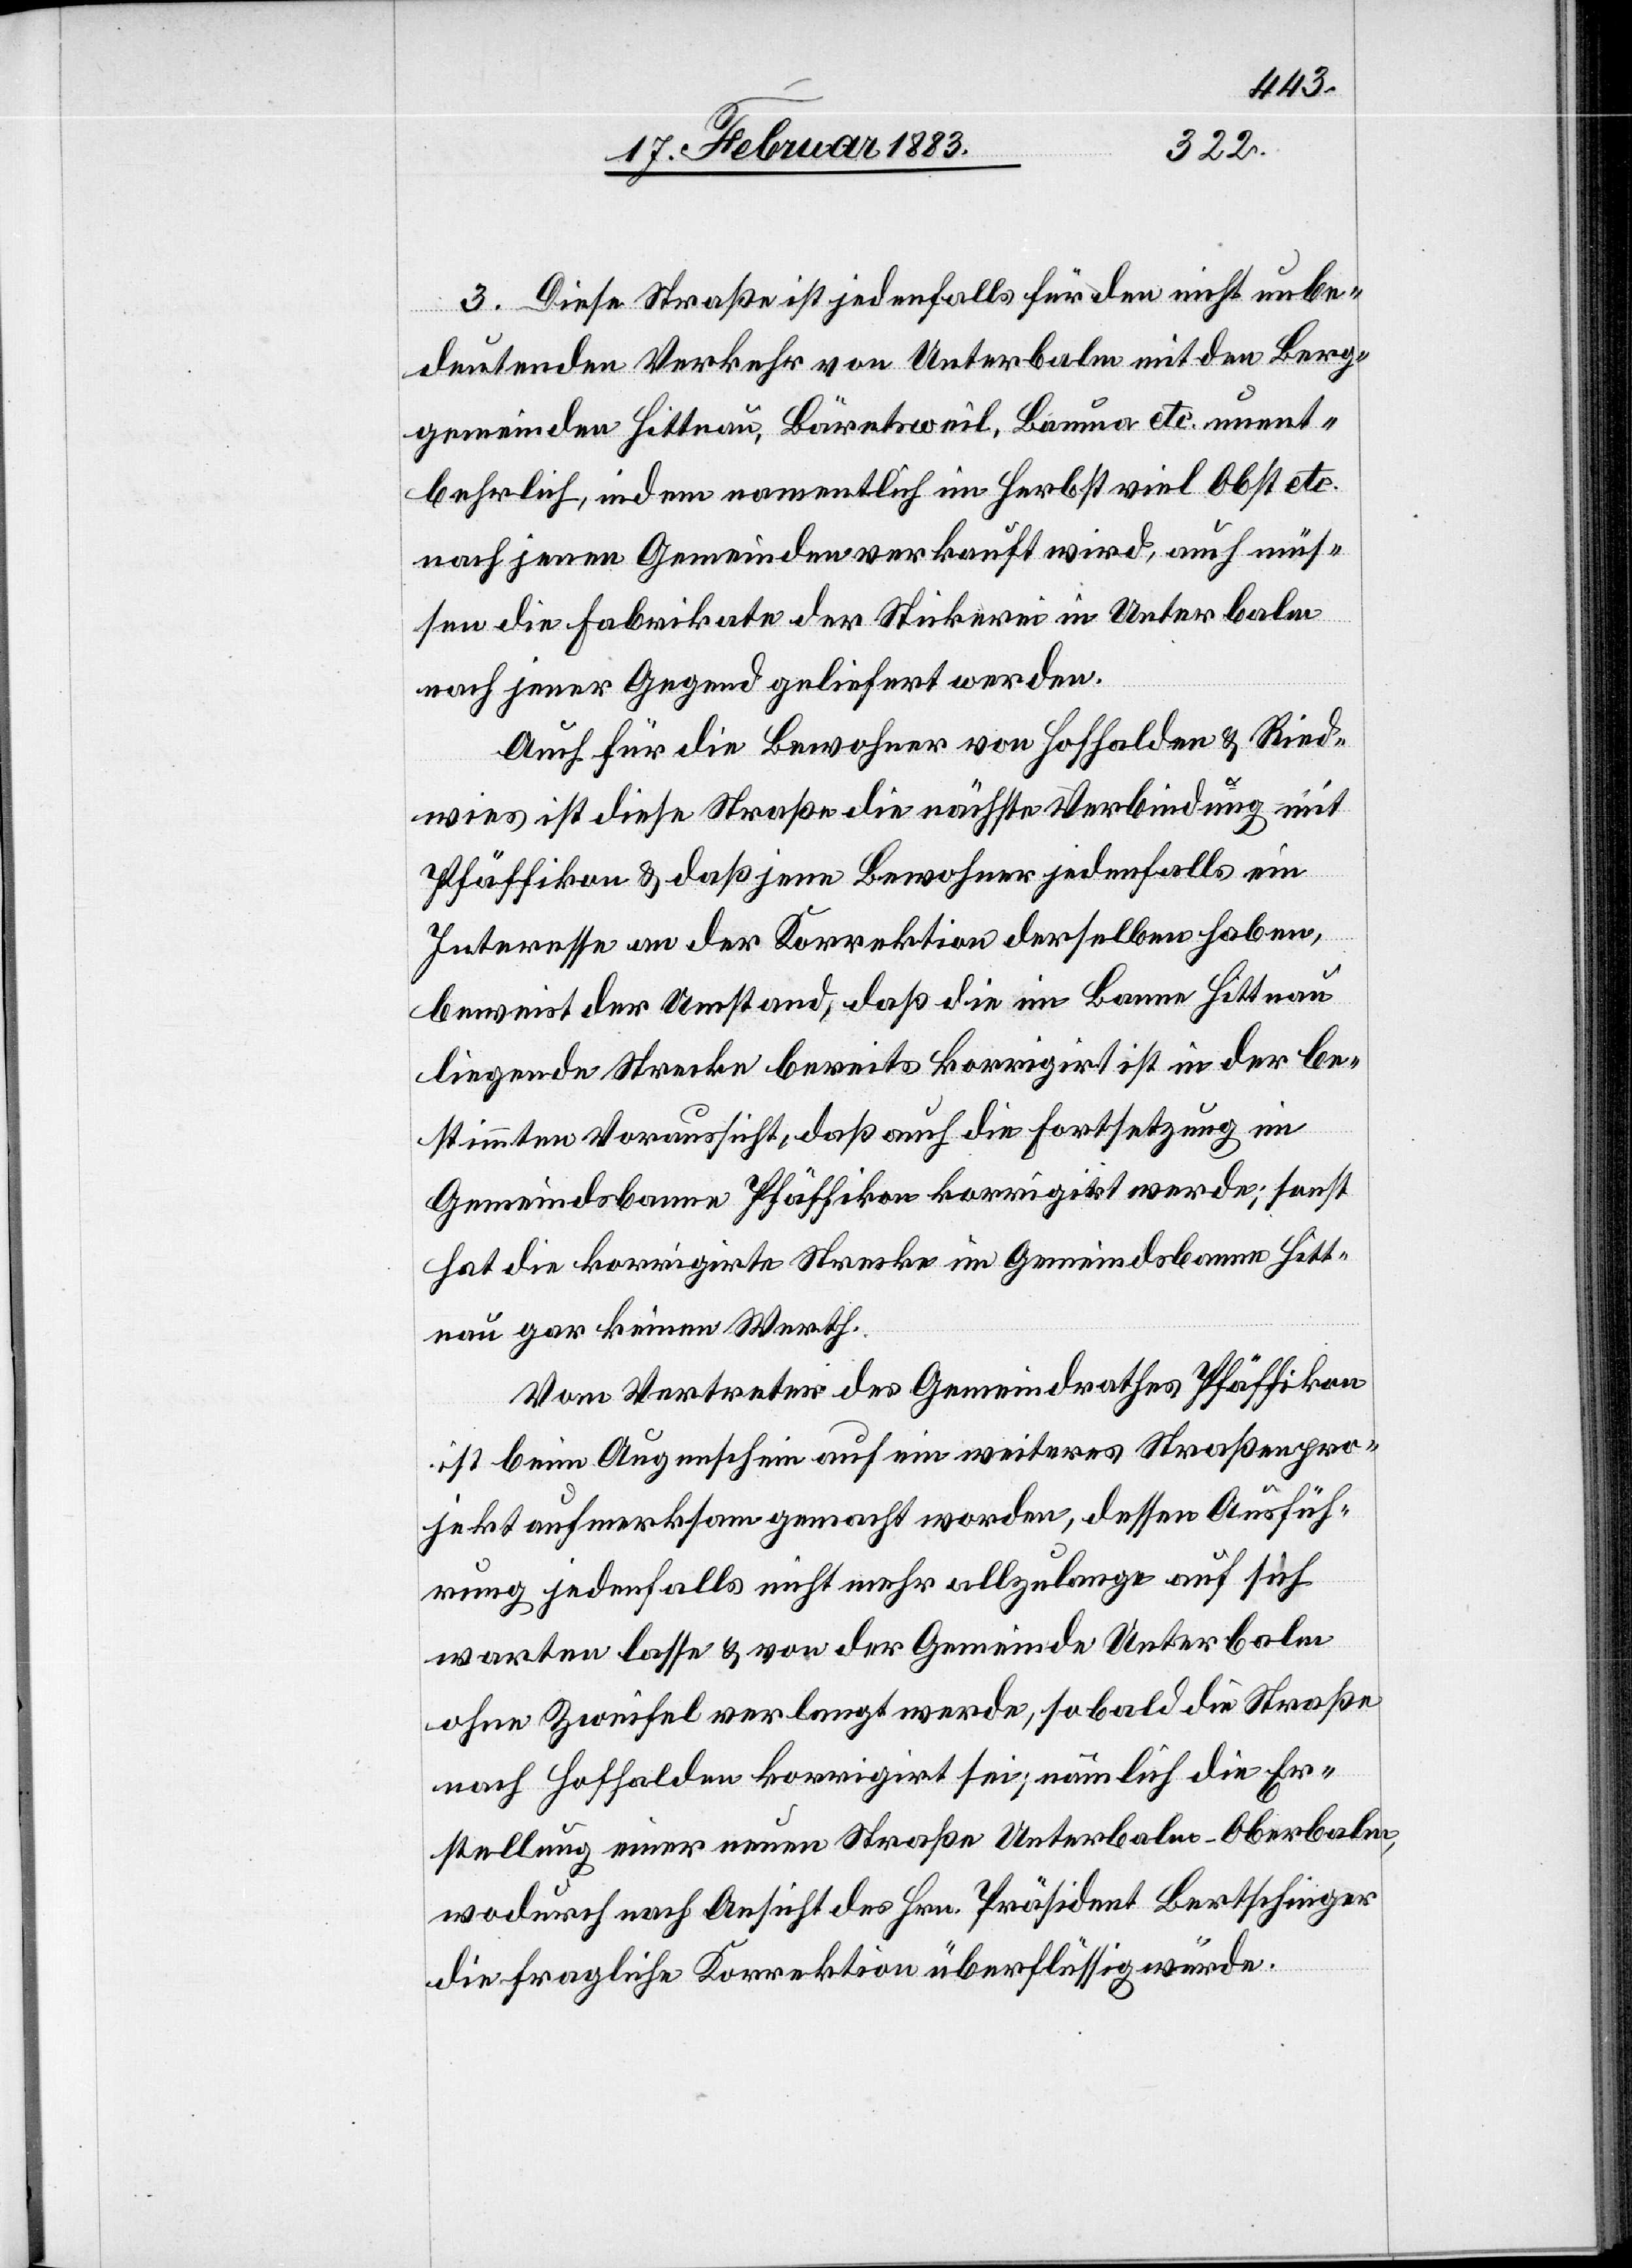
3. Diese Straße ist jedenfalls für den nicht unbe¬
deutenden Verkehr von Unterbalm mit den Berg¬
gemeinden Hittnau, Bäretsweil, Bauma etc. unent¬
behrlich indem namentlich im Herbst viel Obst etc.
nach jenen Gemeinden verkauft wird, auch müs¬
sen die Fabrikate der Stickerei in Unterbalm
nach jener Gegend geliefert werden.
Auch für die Bewohner von Hofhalden & Ried¬
wies ist diese Straße die nächste Verbindung mit
Pfäffikon & daß jene Bewohner jedenfalls ein
Interesse an der Korrektion derselben haben,
beweist der Umstand, daß die im Banne Hittnau
liegende Strecke bereits korrigirt ist in der be¬
stimmten Voraussicht, daß auch die Fortsetzung im
Gemeindsbanne Pfäffikon korrigirt werde; sonst
hat die korrigirte Strecke im Gemeindsbanne Hitt¬
nau gar keinen Werth.
Vom Vertreter des Gemeindrathes Pfäffikon
ist beim Augenschein auf ein weiteres Straßenpro¬
jekt aufmerksam gemacht worden, dessen Ausfüh¬
rung jedenfalls nicht mehr allzulange auf sich
warten lasse & und von der Gemeinde Unterbalm
ohne Zweifel verlangt werde, so bald die Straße
nach Hofhalden korrigirt sei, nämlich die Er¬
stellung einer neuen Straße Unterbalm–Oberbalm,
wodurch nach Ansicht des Hrn. Präsident Bertschinger
die fragliche Korrektion überflüssig würde.